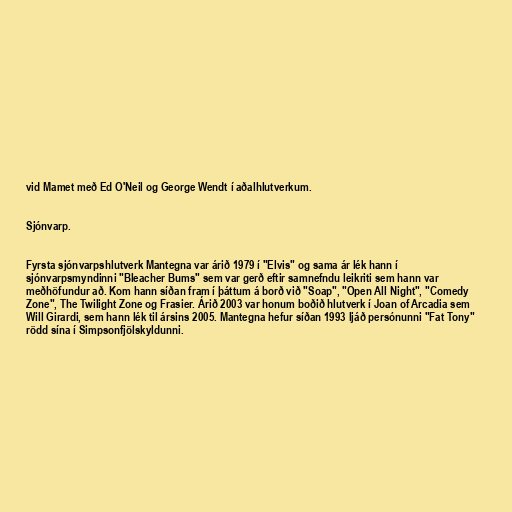
vid Mamet með Ed O'Neil og George Wendt í aðalhlutverkum.

Sjónvarp.

Fyrsta sjónvarpshlutverk Mantegna var árið 1979 í "Elvis" og sama ár lék hann í
sjónvarpsmyndinni "Bleacher Bums" sem var gerð eftir samnefndu leikriti sem hann var
meðhöfundur að. Kom hann síðan fram í þáttum á borð við "Soap", "Open All Night", "Comedy
Zone", The Twilight Zone og Frasier. Árið 2003 var honum boðið hlutverk í Joan of Arcadia sem
Will Girardi, sem hann lék til ársins 2005. Mantegna hefur síðan 1993 ljáð persónunni "Fat Tony"
rödd sína í Simpsonfjölskyldunni.